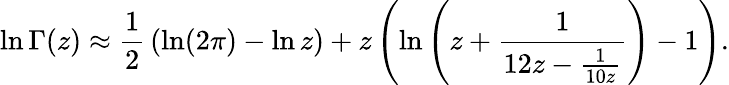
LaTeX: \ln\Gamma(z)\approx{\frac{1}{2}}\left(\ln(2\pi)-\ln z\right)+z\left(\ln\left(z+{\frac{1}{12z-{\frac{1}{10z}}}}\right)-1\right).